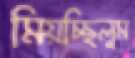
মিয়চ্ছিলুম